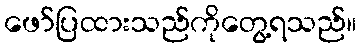
ဖော်ပြထားသည်ကိုတွေ့ရသည်။